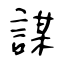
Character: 謀